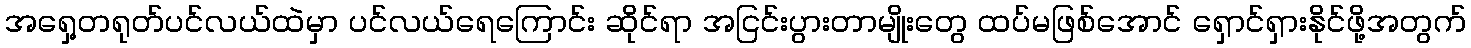
အရှေ့တရုတ်ပင်လယ်ထဲမှာ ပင်လယ်ရေကြောင်း ဆိုင်ရာ အငြင်းပွားတာမျိုးတွေ ထပ်မဖြစ်အောင် ရှောင်ရှားနိုင်ဖို့အတွက်